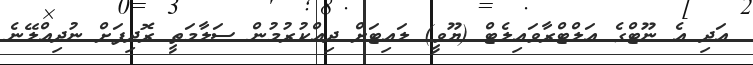
އަދި އެ ނޫޓްގެ އަލްޓްރާވައިލެޓް (ޔޫވީ) ލައިޓަށް ދިއްކުރުމުން ސަލާމަތީ ރޮދިފަށް ނުދިއްލޭނެ